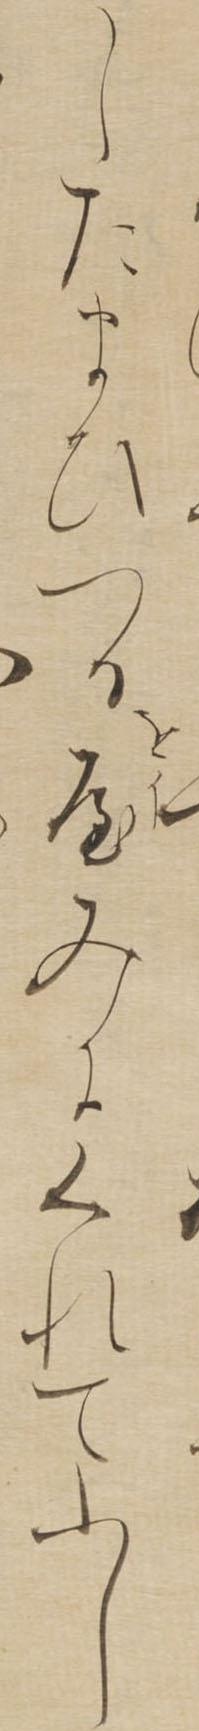
したまひつるをやみにくれてふし